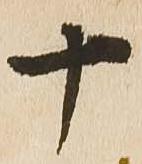
十